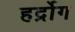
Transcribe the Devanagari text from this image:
हर्द्रोग